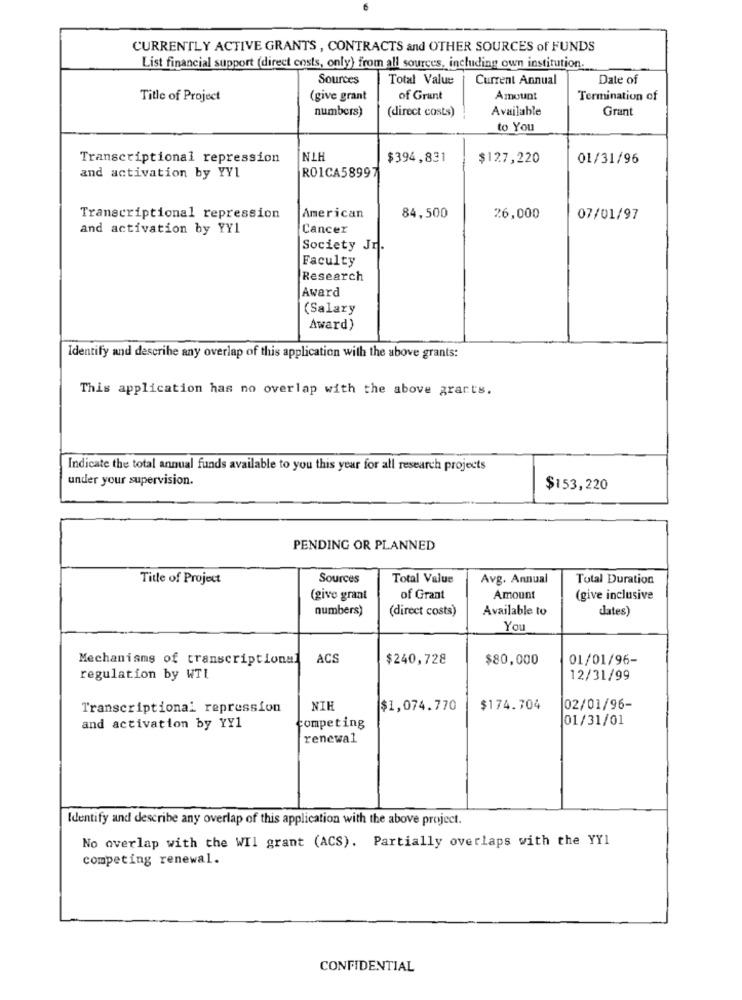
CURRENTLY ACTIVE GRANTS , CONTRACTS and OTHER SOURCES of FUNDS
List financial support (direct costs, only) from all sources, including own institution.
Sources
Total Value
Current Annual
Date of
Title of Project
(give grant
of Grant
Amount
Termination of
numbers)
(direct costs)
Available
Grant
to You
Transcriptional repression
NIH
$394,831
$127,220
01/31/96
RO1CA58997
and activation by YY1
Transcriptional repression
American
84,500
26,000
07/01/97
and activation by YY1
Cancer
Society Jr.
Faculty
Research
Award
(Salary
Award)
Identify and describe any overlap of this application with the above grants:
This application has no overlap with the above grants.
Indicate the total annual funds available to you this year for all research projects
under your supervision.
$153,220
PENDING OR PLANNED
Title of Project
Sources
Total Value
Avg. Annual
Total Duration
(give grant
of Grant
Amount
(give inclusive
numbers)
(direct costs)
Available to
dates)
You
Mechanisms of transcriptional
ACS
$240,728
$80,000
01/01/96-
regulation by WTI
12/31/99
Transcriptional repression
NIH
$1,074.770
$174.704
02/01/96-
01/31/01
and activation by YY1
competing
renewal
Identify and describe any overlap of this application with the above project.
No overlap with the WII grant (ACS). Partially overlaps with the YY1
competing renewal.
CONFIDENTIAL